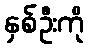
နှစ်ဦးကို